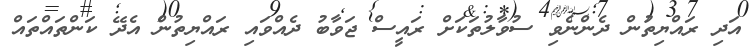
އަދި ރައްޔިތުން ދެންނެވި ސުވާލުތަކަށް ރައީސް ޖަވާބު ދެއްވައި ރައްޔިތުން އެދޭ ކަންތައްތައް